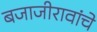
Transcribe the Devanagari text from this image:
बजाजीरावांचे